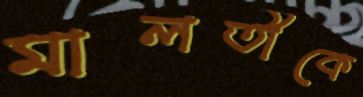
মালতীকে